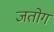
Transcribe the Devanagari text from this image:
जतोग